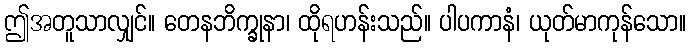
ဤအတူသာလျှင်။ တေနဘိက္ခုနာ၊ ထိုရဟန်းသည်။ ပါပကာနံ၊ ယုတ်မာကုန်သော။